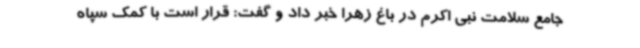
جامع سلامت نبی اکرم در باغ زهرا خبر داد و گفت: قرار است با کمک سپاه